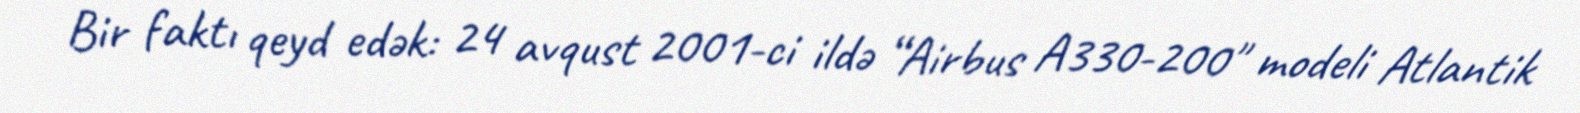
Bir faktı qeyd edək: 24 avqust 2001-ci ildə “Airbus A330-200" modeli Atlantik